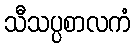
သီသပ္ပစာလကံ